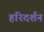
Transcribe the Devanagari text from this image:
हरिदर्शन